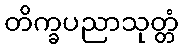
တိက္ခပညာသုတ္တံ